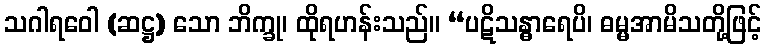
သဂါရဝေါ (ဆဋ္ဌ) သော ဘိက္ခု၊ ထိုရဟန်းသည်။ “ပဋိသန္ဓာရေပိ၊ ဓမ္မအာမိသတို့ဖြင့်